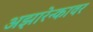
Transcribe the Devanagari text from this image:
अझारेन्कावर